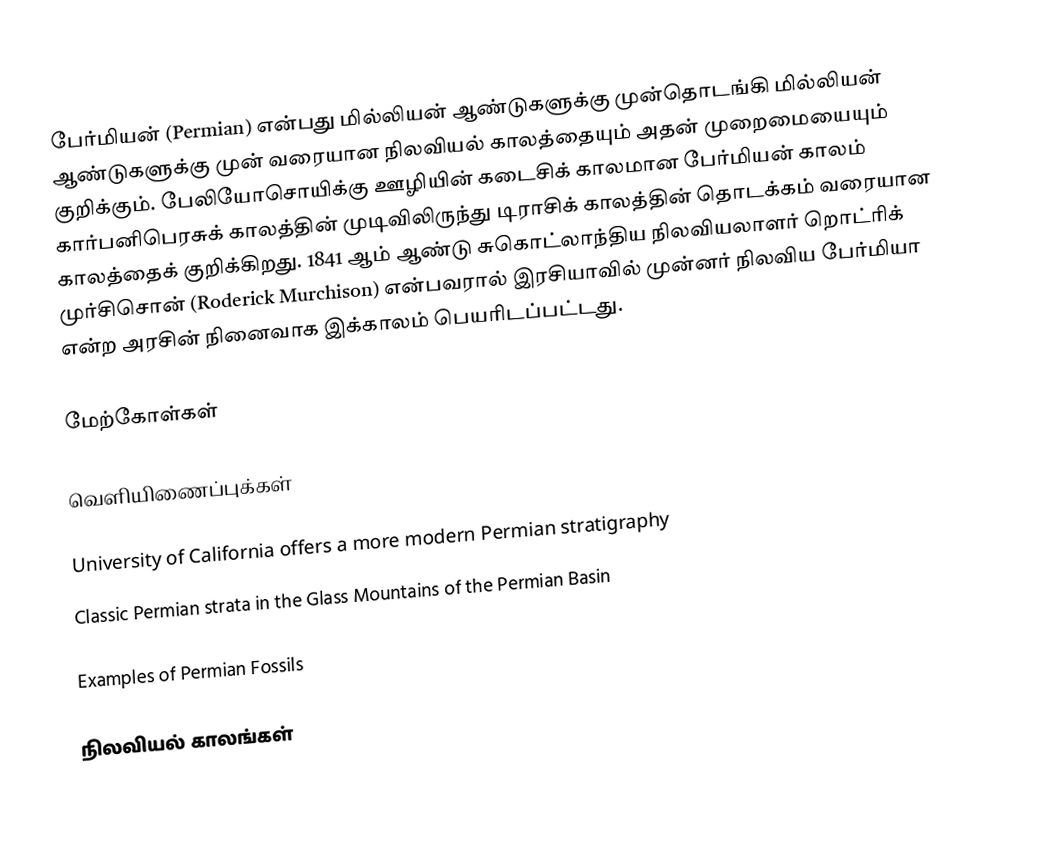
பேர்மியன் (Permian) என்பது  மில்லியன் ஆண்டுகளுக்கு முன்தொடங்கி  மில்லியன் ஆண்டுகளுக்கு முன் வரையான நிலவியல் காலத்தையும் அதன் முறைமையையும் குறிக்கும். பேலியோசொயிக்கு ஊழியின் கடைசிக் காலமான பேர்மியன் காலம் கார்பனிபெரசுக் காலத்தின் முடிவிலிருந்து டிராசிக் காலத்தின் தொடக்கம் வரையான காலத்தைக் குறிக்கிறது. 1841 ஆம் ஆண்டு சுகொட்லாந்திய நிலவியலாளர் றொட்ரிக் முர்சிசொன் (Roderick Murchison) என்பவரால் இரசியாவில் முன்னர் நிலவிய பேர்மியா என்ற அரசின் நினைவாக இக்காலம் பெயரிடப்பட்டது.

மேற்கோள்கள்

வெளியிணைப்புக்கள்

 University of California offers a more modern Permian stratigraphy
 Classic Permian strata in the Glass Mountains of the Permian Basin

 Examples of Permian Fossils

நிலவியல் காலங்கள்